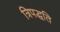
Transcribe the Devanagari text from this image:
त्रिपद्धति